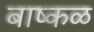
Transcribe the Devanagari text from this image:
बाष्कळ